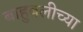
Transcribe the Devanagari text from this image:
बाहुबलीच्या